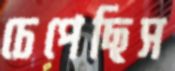
চেপেছিস